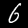
Digit: 6